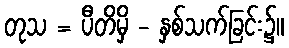
တုသ = ပီတိမှိ - နှစ်သက်ခြင်း၌။